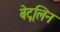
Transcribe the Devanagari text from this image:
बेटूलिन